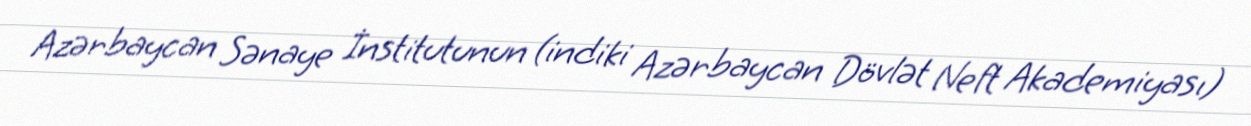
Azərbaycan Sənaye İnstitutunun (indiki Azərbaycan Dövlət Neft Akademiyası)